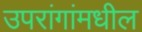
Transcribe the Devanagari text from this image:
उपरांगांमधील